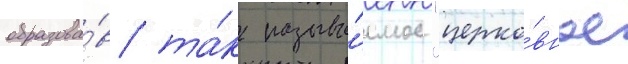
образова́в та́к называ́емое "церко́вное